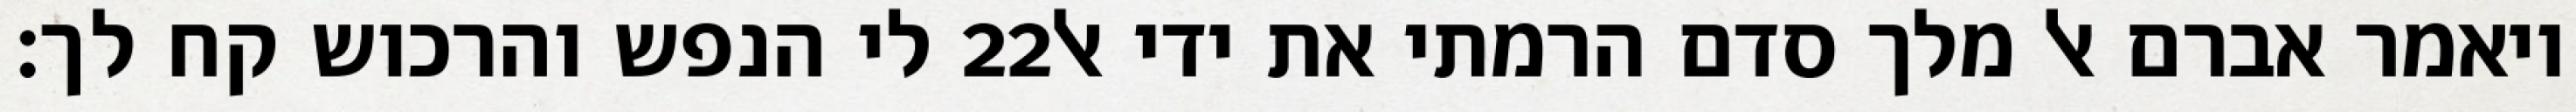
לי הנפש והרכוש קח לך׃ ‎22‏ ויאמר אברם אל מלך סדם הרמתי את ידי אל